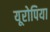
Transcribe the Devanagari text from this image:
यूरोपिया